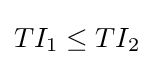
TI_{1}\leq TI_{2}